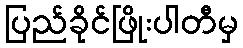
ပြည်ခိုင်ဖြိုးပါတီမှ